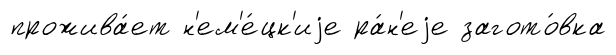
прожива́ет н'ем'е́цк'иjе ра́н'еjе загото́вка